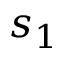
s _ { 1 }